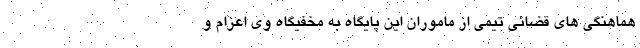
هماهنگی های قضائی تیمی از ماموران این پایگاه به مخفیگاه وی اعزام و